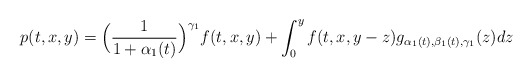
\begin{align*}p(t,x,y)=\Big (\frac{1}{1+\alpha_1(t)} \Big)^{\gamma_1} f(t,x,y)+ \int_0^y f(t,x,y-z) g_{\alpha_1(t),\beta_1(t),\gamma_1}(z)dz\end{align*}